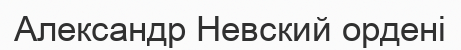
Александр Невский ордені